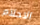
الاحلام